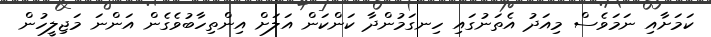
ކަމަށާއި ނަމަވެސް މިއަދު އެތަނުގައި ހިނގަމުންދާ ކަންކަން އަލަށް އިންތިހާބުވެގެން އަންނަ މަޖިލީހުން